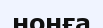
нонға